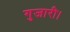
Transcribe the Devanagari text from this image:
गुजारी।